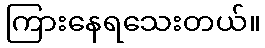
ကြားနေရသေးတယ်။